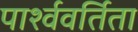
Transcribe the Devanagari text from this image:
पार्श्ववर्तिता